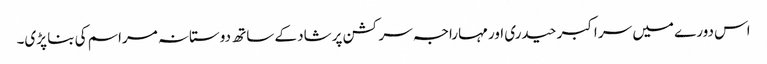
اس دورے میں سر اکبر حیدری اور مہاراجہ سر کشن پرشاد کے ساتھ دوستانہ مراسم کی بنا پڑی۔